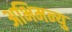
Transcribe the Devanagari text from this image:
अभिमन्‍यु